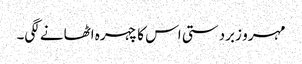
مہرو زبردستی اس کا چہرہ اٹھانے لگی۔